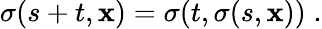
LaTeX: \sigma(s+t,\mathbf{x})=\sigma(t,\sigma(s,\mathbf{x}))\; .